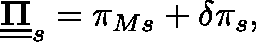
\underline { { \underline { { \mathbf { \Pi } } } } } _ { s } = \pi _ { M s } + \delta \pi _ { s } ,